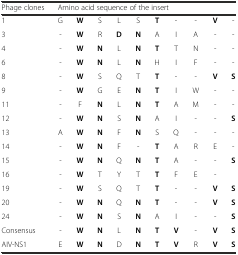
| Phage clones | <COLSPAN=10> Amino acid sequence of the insert |
 | --- | --- | --- | --- | --- | --- | --- | --- | --- | --- | --- |
 | 1 | G | W | S | L | S | T | - | - | V | - |
 | 3 | - | W | R | D | N | A | I | A | - | - |
 | 4 | - | W | N | L | N | T | T | N | - | - |
 | 6 | - | W | N | L | N | H | I | F | - | - |
 | 8 | - | W | S | Q | T | T | - | - | V | S |
 | 9 | - | W | G | E | N | T | I | W | - | - |
 | 11 | - | F | N | L | N | T | A | M | - | - |
 | 12 | - | W | N | S | N | A | I | - | - | S |
 | 13 | A | W | N | F | N | S | Q | - | - | - |
 | 14 | - | W | N | F | - | T | A | R | E | - |
 | 15 | - | W | N | Q | N | T | A | - | - | S |
 | 16 | - | W | T | Y | T | T | F | E | - |  |
 | 19 | - | W | S | Q | T | T | - | - | V | S |
 | 20 | - | W | N | Q | N | T | - | - | V | S |
 | 24 | - | W | N | S | N | A | I | - | - | S |
 | Consensus | - | W | N | L | N | T | V | - | V | S |
 | AIV-NS1 | E | W | N | D | N | T | V | R | V | S |